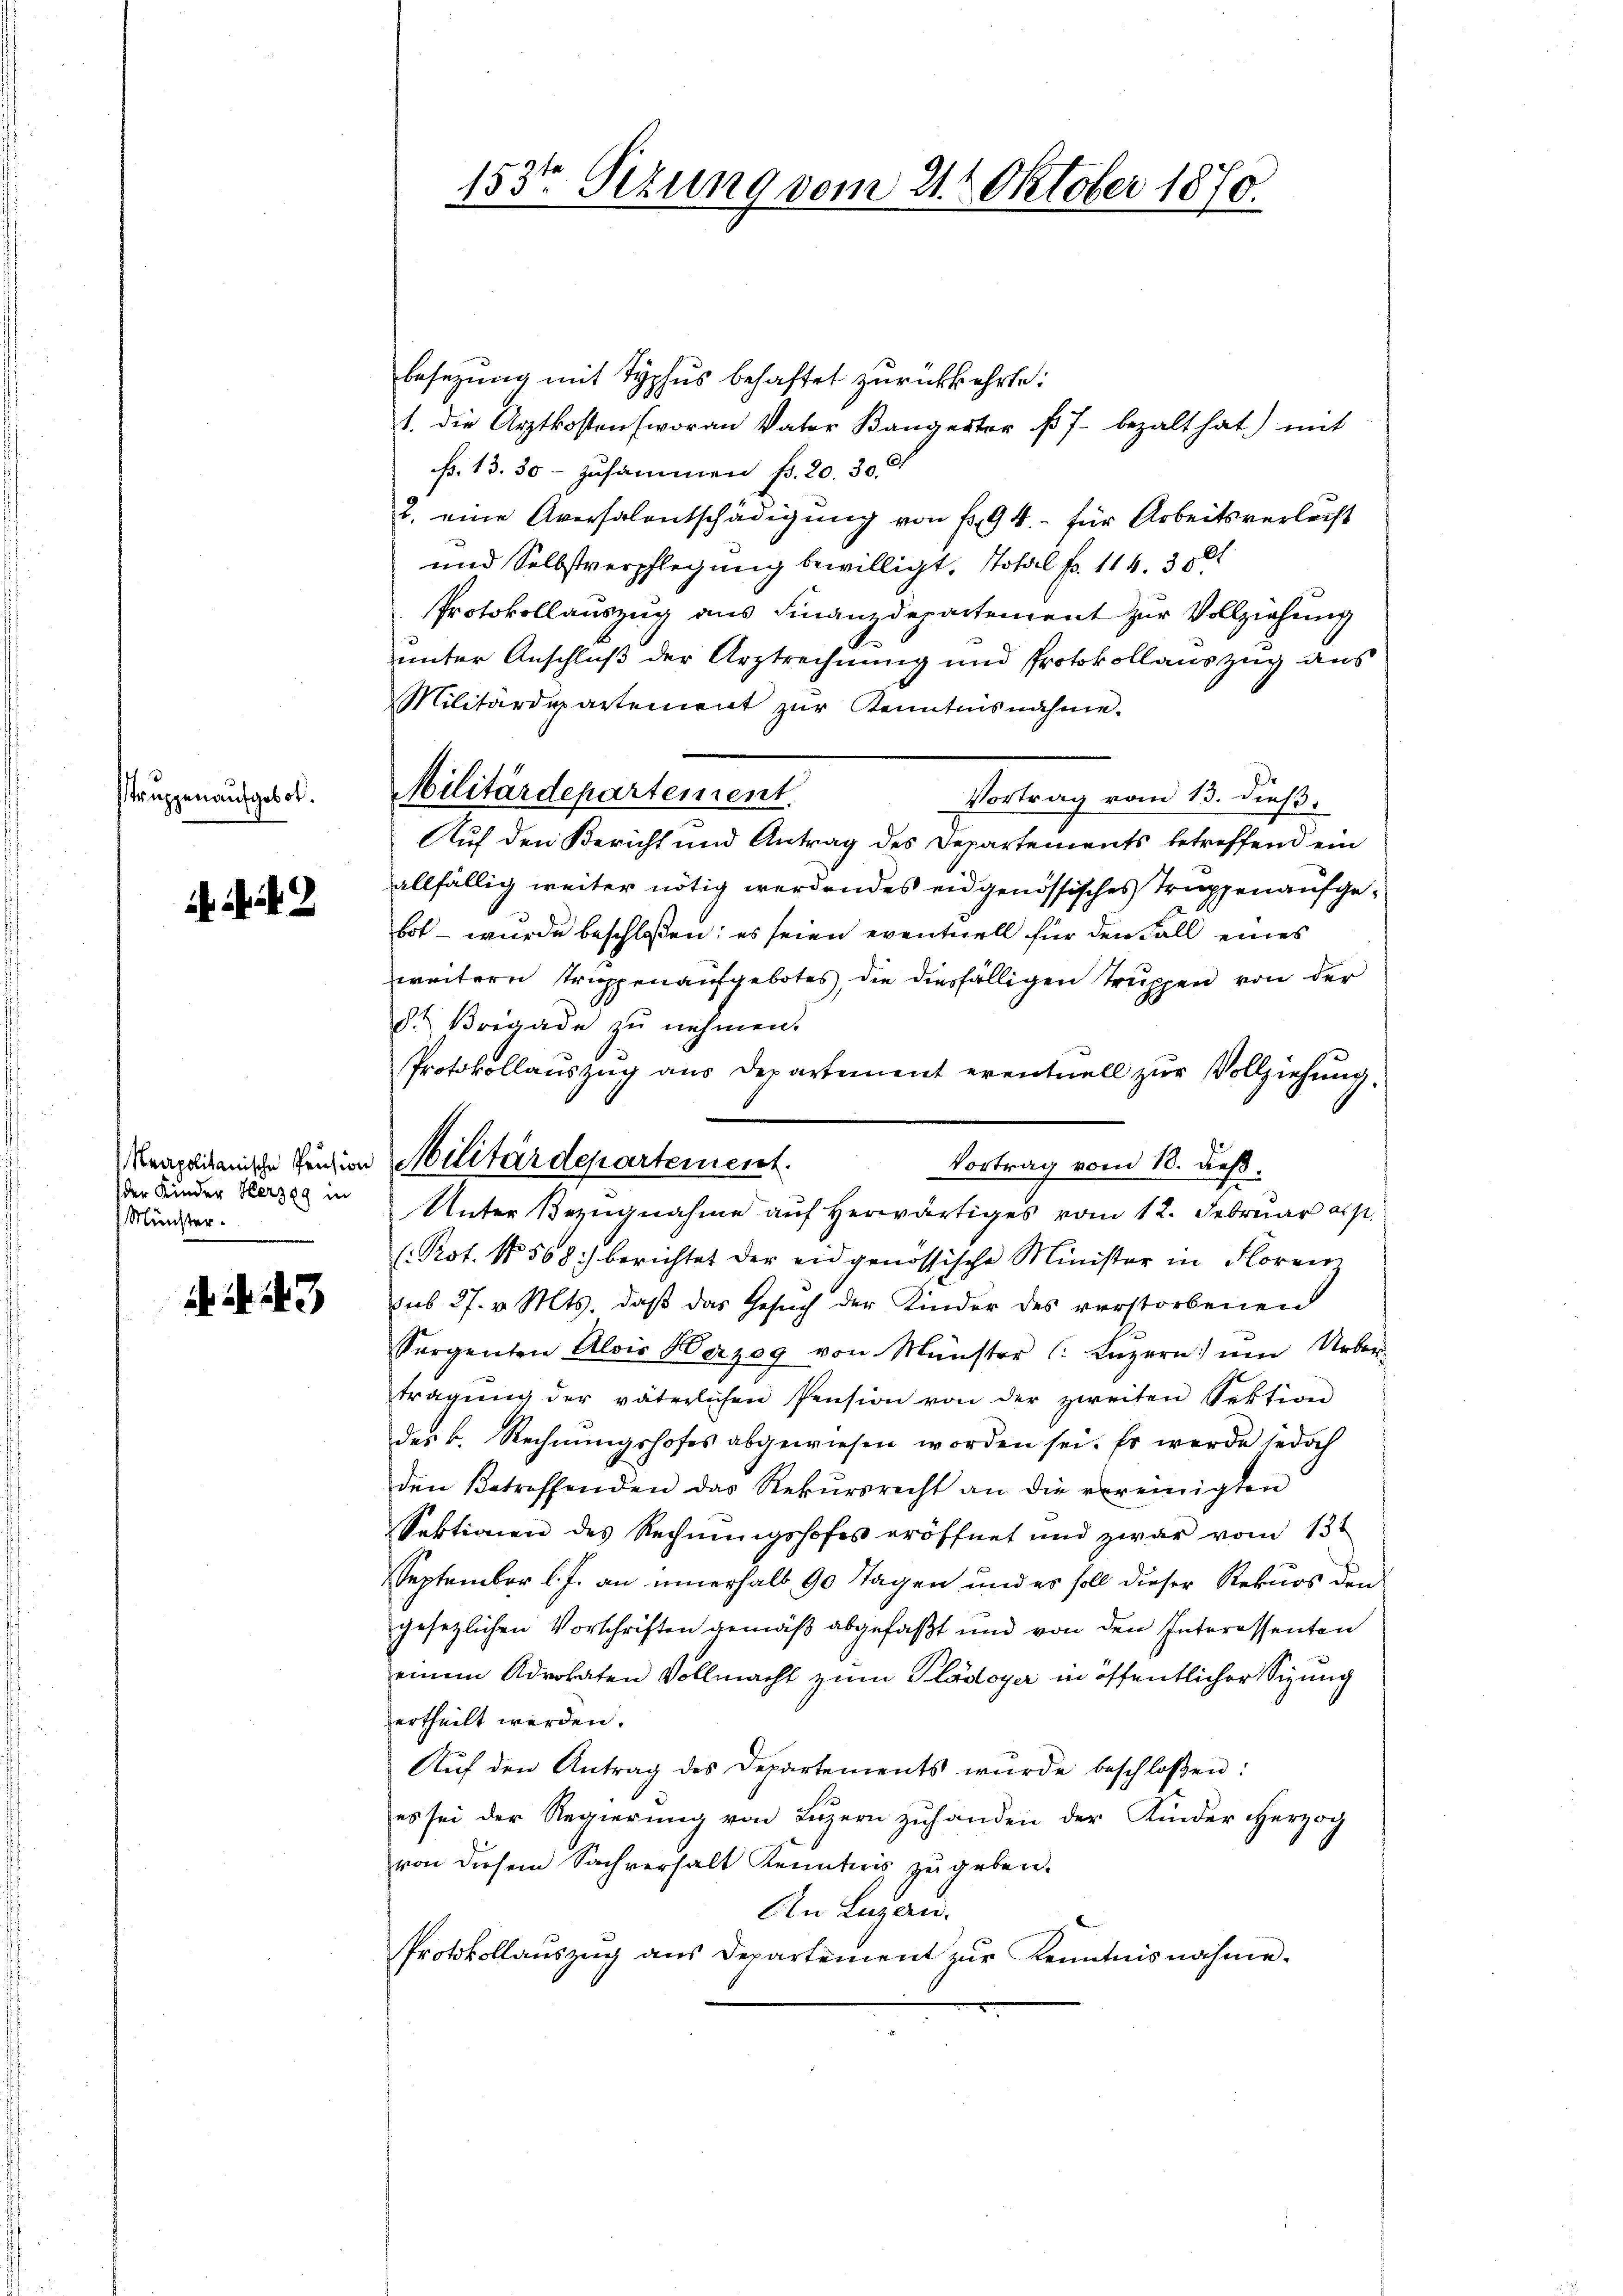
truppen aufgebot.

. . 2

der Kinder Herzeg in
Münster.

14. d. 143

153te Sezung vom 21. Oktober 1870.

besezung mit Typhus behaftet zurückkehrte:
1. die Arztkosten (woran Vater Bangerter k. J. bezalt hat) mit
fr. 13. 30- zusammen fr. 20. 30. d
2. eine Aversalentschädigŭng von Fr. 94.- für Arbeitsverlicht
und Selbstverpflegung bewilligt, Total Fr. 114. 3501
Protokollauszug aus Finanzdepartement zur Vollziehung
unter Anschluß der Arztrechnung und Protokollauszug aus
Militärdepartement zur Kenntnisnahme.
Militärdepartement.
Vortrag vom 13. dieß.
Auf den Bericht und Antrag des Departements betreffend ein
allfällig weiter nötig werdendes eidgenössisches Truppen aufgebot – wurde beschloßen; es seien eventuell für den Fall eines
weitern truppenaufgebotes, die diesfälligen Truppen von der
d. Brigade zŭ nehmen.
Protokollauszug aus Departement eventuell zur Vollziehung.
Vortrag vom 18. deß¬
Unter Bezugnahme auf herwärtiges vom 12. Februar als
l. Pot. N 568) berichtet der eidgenössische Minister in Floren
sub 27. v. Mts. daß das Gesuch der Kinder des verstorbenen
Sergenten Alois Herzog von Münster (: Lŭzern ein Ueber-
tragŭng der väterlichen Pension von der zweiten Sektion
des k. Rechnungshofes abgewiesen worden sei. Es werde jedoch
den Betreffenden das Rekŭrsrecht an die vereinigten
Sektionen des Rechnungshofes eröffnet und zwar vom 13t
September l. J. an innerhalb 90 Tagen und es soll dieser Rekurs den
gesetzlichen Vorschriften gemäß abgefaßt und von den Interessenten
einem Advokaten Vollmacht zum Plädoyer in öffentlicher Sizung
ertheilt werden.
Aŭf den Antrag des Departements wurde beschloßen:
es sei der Regierung von Luzern zuhanden der Kinder Herzog
von diesem Sachverhalt Kenntnis zu geben.
An Luzern.
Protokollauszug aus Departement zur Kenntnisnahme.

Reaprikanische Peigion Militärdepartement.